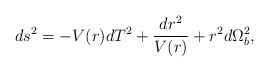
\begin{align*}ds^2 = -V(r) dT^2 + \frac{dr^2}{V(r)} + r^2d\Omega^2_b ,\end{align*}